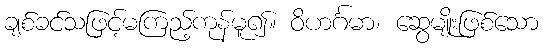
ချစ်ခင်သဖြင့်မကြည့်ကုန်မူ၍။ ဝိဟင်္ဂမာ၊ ဆွေမျိုးဖြစ်သော